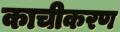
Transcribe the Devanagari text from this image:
काचीकरण